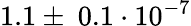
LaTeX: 1.1\pm~0.1\cdot 10^{-7}